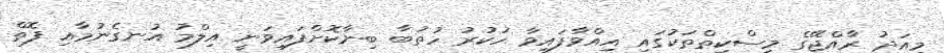
މިއަދު ރާއްޖޭގެ މިސްކިތްތަކުގައި އިއްވާފައިވާ ހުކުރު ހުތުބާ ބިނާކޮށްފައިވަނީ އިލްމު އުނގެނުމާއި ފޮތް